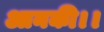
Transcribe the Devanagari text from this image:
आनकी।।